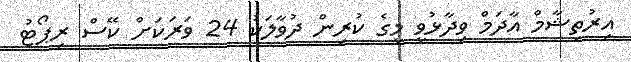
އިރުތިޝާމް އާދަމް ވިދާޅުވީ މީގެ ކުރިން ދުވާލަކު 24 ވަރަކަށް ކޭސް ރިޕޯޓު